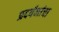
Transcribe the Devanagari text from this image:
प्रदर्षनांचा